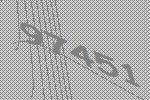
97451